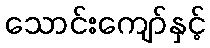
သောင်းကျော်နှင့်